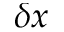
\delta x